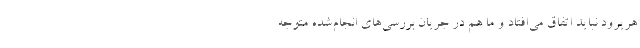
هريرود نبايد اتفاق مي‌افتاد و ما هم در جريان بررسي‌هاي انجام‌شده متوجه